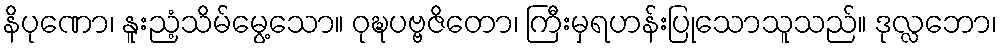
နိပုဏော၊ နူးညံ့သိမ်မွေ့သော။ ဝုဍ္ဎပဗ္ဗဇိတော၊ ကြီးမှရဟန်းပြုသောသူသည်။ ဒုလ္လဘော၊